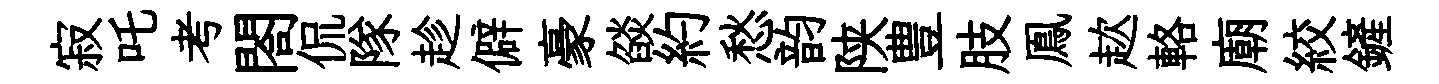
寂吒考閤侃隊趁僻豪燄約愁韵陕豊肢鳯趑輅廟絞鏟